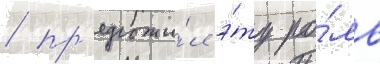
/ пр'едложи́л э́ту ро́ль